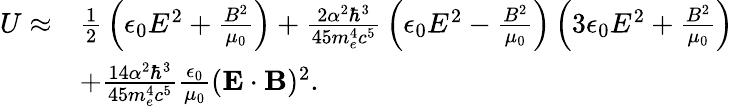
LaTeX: \begin{array}{rl}{U\approx}&{{\frac{1}{2}}\left(\epsilon_{0}E^{2}+{\frac{B^{2}}{\mu_{0}}}\right)+{\frac{2\alpha^{2}\hbar^{3}}{45m_{e}^{4}c^{5}}}\left(\epsilon_{0}E^{2}-{\frac{B^{2}}{\mu_{0}}}\right)\left(3\epsilon_{0}E^{2}+{\frac{B^{2}}{\mu_{0}}}\right)}\\ &{+{\frac{14\alpha^{2}\hbar^{3}}{45m_{e}^{4}c^{5}}}{\frac{\epsilon_{0}}{\mu_{0}}}(\textbf{E}\cdot\textbf{B})^{2}.}\end{array}